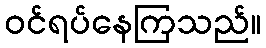
ဝင်ရပ်နေကြသည်။